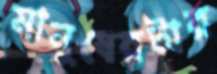
মানুষেরটার